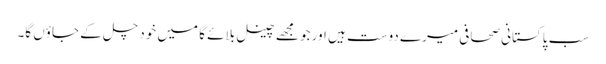
سب پاکستانی صحافی میرے دوست ہیں اور جو مجھے چینل بلائے گا میں خود چل کے جاؤں گا۔